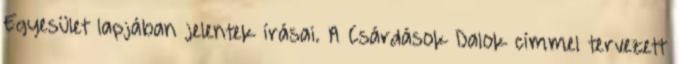
Egyesület lapjában jelentek írásai. A Csárdások Dalok címmel tervezett